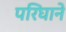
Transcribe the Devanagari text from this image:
परिघाने